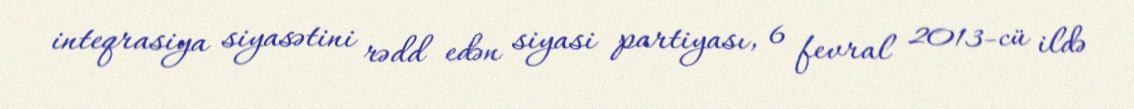
inteqrasiya siyasətini rədd edən siyasi partiyası, 6 fevral 2013-cü ildə